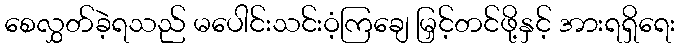
စေလွှတ်ခဲ့ရသည် မပေါင်းသင်းဝံ့ကြချေ မြှင့်တင်ဖို့နှင့် အားရရှိရေး